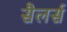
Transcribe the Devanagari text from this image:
सैलर्स